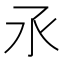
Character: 氶